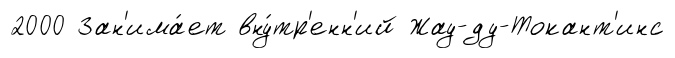
2000 Зан'има́ет вну́тр'енн'ий Жау-ду-Токант'инс